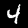
Label: 4